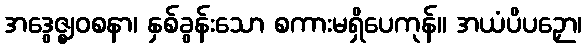
အဒွေဇ္ဈဝစနာ၊ နှစ်ခွန်းသော စကားမရှိပေကုန်။ အယံပိပဉှော၊